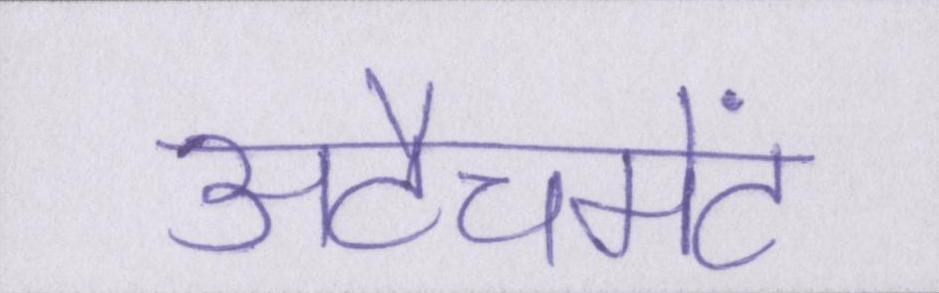
अटैचमेंट